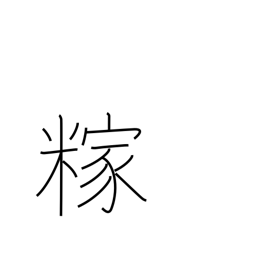
Meaning: rice hulls